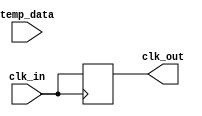
module temp_comp_clock_buffer (
    input wire clk_in,          // Input clock signal
    input wire [7:0] temp_data, // Temperature data from sensor
    output wire clk_out         // Buffered clock output
);

    // Parameters for temperature compensation
    parameter TEMP_MIN = 8'h00; // Minimum temperature value
    parameter TEMP_MAX = 8'hFF; // Maximum temperature value
    parameter DELAY_MIN = 2;     // Minimum delay setting
    parameter DELAY_MAX = 10;    // Maximum delay setting

    // Variable delay line based on temperature compensation
    reg [3:0] delay_setting;     // 4-bit delay setting
    reg clk_delayed;             // Delayed clock signal

    // Control logic to adjust delay setting based on temperature
    always @(*) begin
        if (temp_data < TEMP_MIN) begin
            delay_setting = DELAY_MAX; // Maximum delay for low temp
        end else if (temp_data > TEMP_MAX) begin
            delay_setting = DELAY_MIN; // Minimum delay for high temp
        end else begin
            // Linear interpolation between DELAY_MIN and DELAY_MAX
            delay_setting = DELAY_MIN + ((temp_data - TEMP_MIN) * 
                                          (DELAY_MAX - DELAY_MIN)) / 
                                          (TEMP_MAX - TEMP_MIN);
        end
    end

    // Clock generation with variable delay
    always @(posedge clk_in) begin
        // Introduce delay based on the calculated delay_setting
        case (delay_setting)
            4'd2: clk_delayed <= #2 clk_in;   // 2 time units delay
            4'd3: clk_delayed <= #3 clk_in;   // 3 time units delay
            4'd4: clk_delayed <= #4 clk_in;   // 4 time units delay
            4'd5: clk_delayed <= #5 clk_in;   // 5 time units delay
            4'd6: clk_delayed <= #6 clk_in;   // 6 time units delay
            4'd7: clk_delayed <= #7 clk_in;   // 7 time units delay
            4'd8: clk_delayed <= #8 clk_in;   // 8 time units delay
            4'd9: clk_delayed <= #9 clk_in;   // 9 time units delay
            4'd10: clk_delayed <= #10 clk_in; // 10 time units delay
            default: clk_delayed <= clk_in;   // Default to no delay
        endcase
    end

    // Output driver for buffered clock
    assign clk_out = clk_delayed;

endmodule